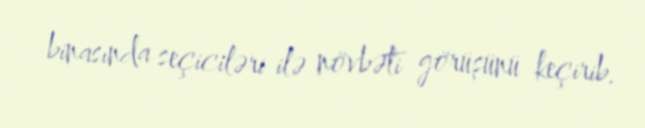
binasında seçiciləri ilə növbəti görüşünü keçirib.